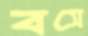
বসে